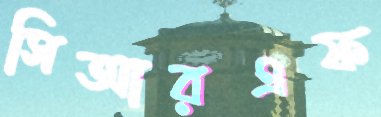
সিআরএফ